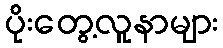
ပိုးတွေ့လူနာများ